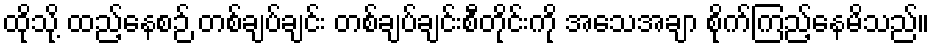
ထိုသို့ ထည့်နေစဉ် တစ်ချပ်ချင်း တစ်ချပ်ချင်းစီတိုင်းကို အသေအချာ စိုက်ကြည့်နေမိသည်။